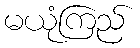
မယုံကြည်